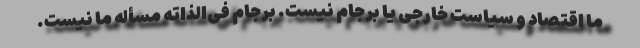
ما اقتصاد و سیاست خارجی یا برجام نیست. برجام فی‌الذاته مسأله ما نیست.